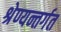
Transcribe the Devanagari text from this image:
श्रेण्यन्तर्गत